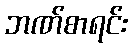
ဘဏ်စာရင်း